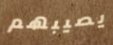
يصيبهم